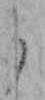
と